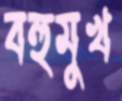
বহুমুখ